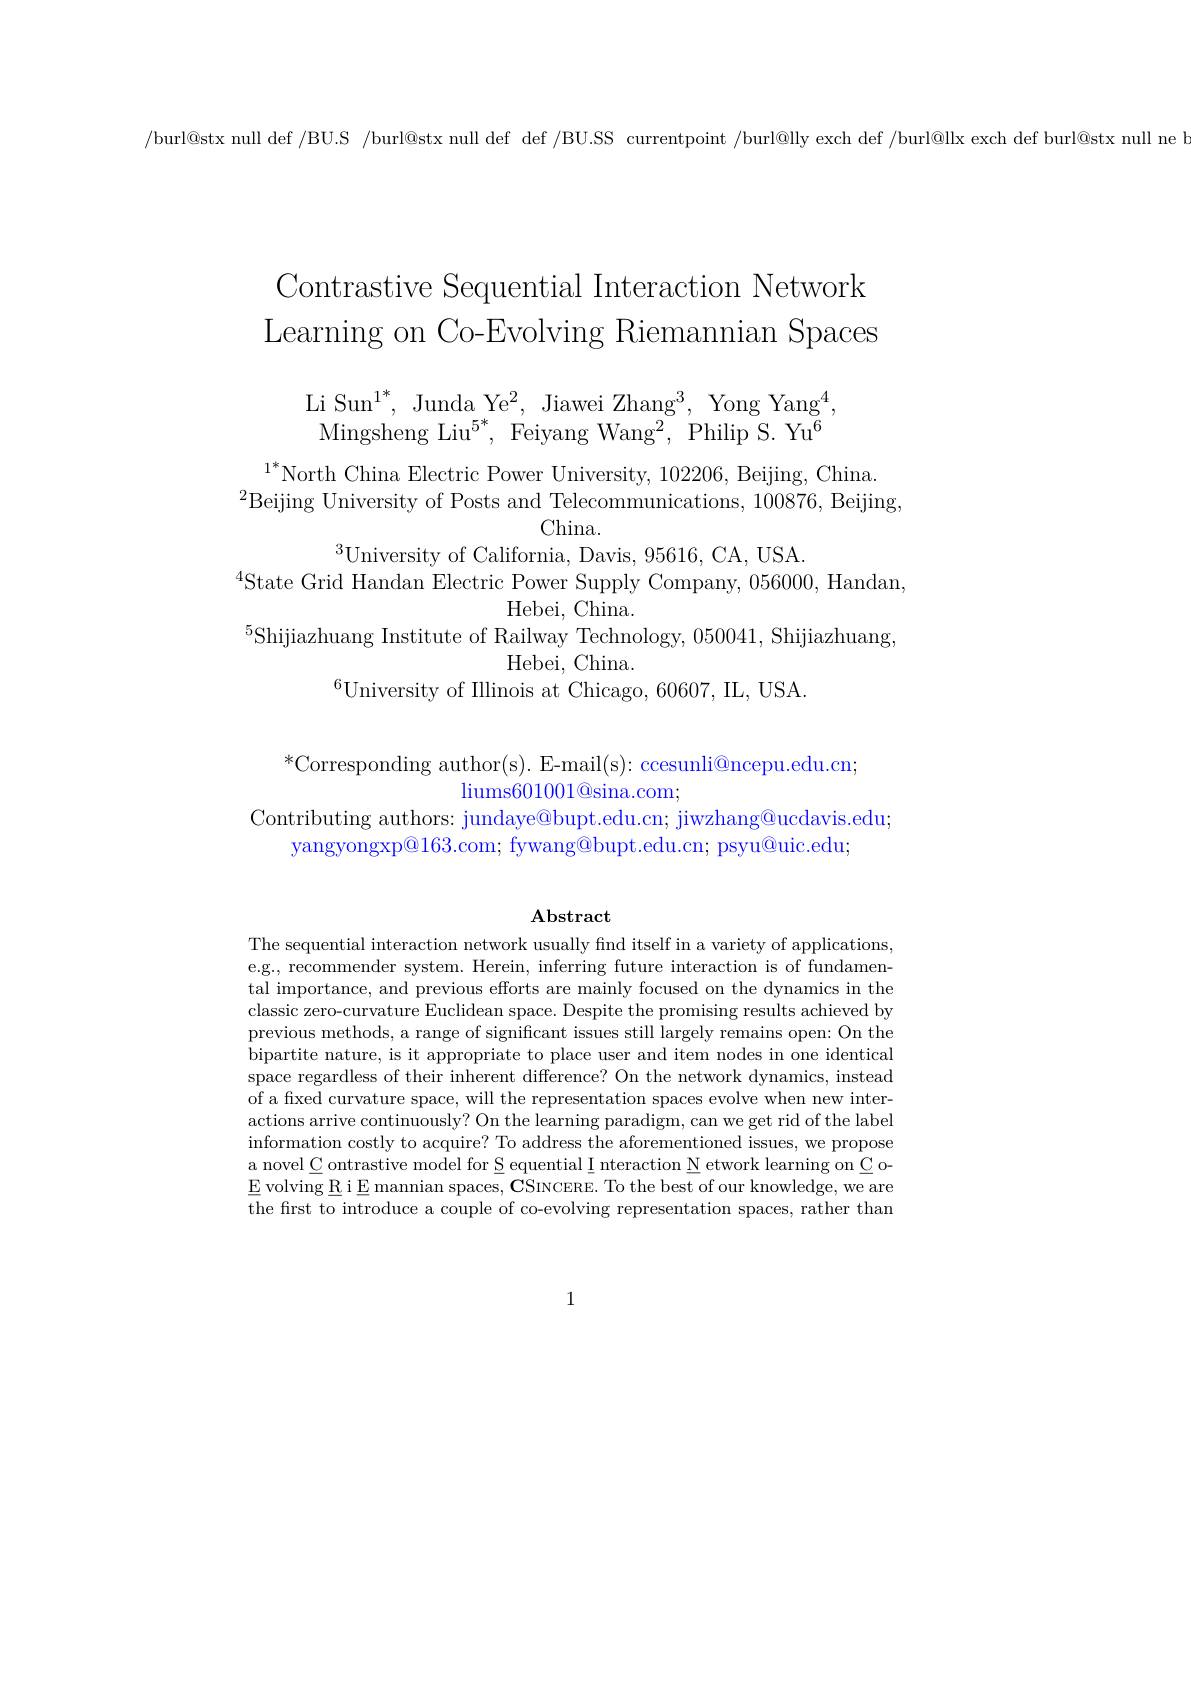
/burl@stx null def /BU.S /burl@stx null def def /BU.SS currentpoint /burl@lly exch def /burl@llx exch def burl@stx null ne

# Contrastive Sequential Interaction Network Learning on Co-Evolving Riemannian Spaces

Li Sun$^1^*$, Junda Ye$^2$, Jiawei Zhang$^3$, Yong Yang$^4$, Mingsheng Liu$^5^*$, Feiyang Wang$^2$, Philip S. Yu$^6$

$^{1*}$North China Electric Power University, 102206, Beijing, China.
$^{2}$Beijing University of Posts and Telecommunications, 100876, Beijing,
China.
$^{3}$University of California, Davis, 95616, CA, USA.$^{4}$State Grid Handan Electric Power Supply Company, 056000, Handan,
Hebei, China.
$^{5}$Shijiazhuang Institute of Railway Technology, 050041, Shijiazhuang,
Hebei, China.
$^{6}$University of Illinois at Chicago, 60607, IL, USA.

# $^*$Corresponding author(s). E-mail(s): ccesunli@ncepu.edu.cn; $liums601001@$sina.com; Contributing authors: jundaye@bupt.edu.cn; jiwzhang@ucdavis.edu; yangyongxp@163.com; fywang@bupt.edu.cn; psyu@uic.edu;

$\mathbf{Abstract}$

The sequential interaction network usually find itself in a variety of applications, e.g., recommender system. Herein, inferring future interaction is of fundamental importance, and previous efforts are mainly focused on the dynamics in the classic zero-curvature Euclidean space. Despite the promising results achieved by previous methods, a range of significant issues still largely remains open: On the bipartite nature, is it appropriate to place user and item nodes in one identical space regardless of their inherent difference? On the network dynamics, instead of a fixed curvature space, will the representation spaces evolve when new interactions arrive continuously? On the learning paradigm, can we get rid of the label information costly to acquire? To address the aforementioned issues, we propose a novel C ontrastive model for S equential I nteraction N etwork learning on C o- $\underline{E}$ volving R i E mannian spaces, CSINCERE. To the best of our knowledge, we are the first to introduce a couple of co-evolving representation spaces, rather than

1